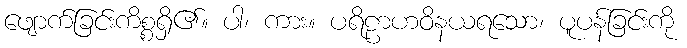
ဖျောက်ခြင်းကိစ္စရှိ၏။ ပါ၊ ကား။ ပရိဠာဟဝိနယရသော၊ ပူပန်ခြင်းကို